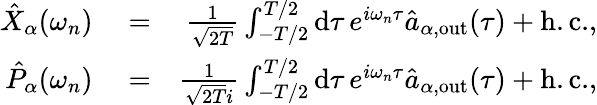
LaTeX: \begin{array}{rlr}{\hat{X}_{\alpha}(\omega_{n})}&{{}=}&{\frac{1}{\sqrt{2T}}\int_{-T/2}^{T/2}\mathrm{d}\tau\, e^{i\omega_{n}\tau}\hat{a}_{\alpha,\mathrm{out}}(\tau)+\mathrm{h.c.},}\\ {\hat{P}_{\alpha}(\omega_{n})}&{{}=}&{\frac{1}{\sqrt{2T}i}\int_{-T/2}^{T/2}\mathrm{d}\tau\, e^{i\omega_{n}\tau}\hat{a}_{\alpha,\mathrm{out}}(\tau)+\mathrm{h.c.},}\end{array}